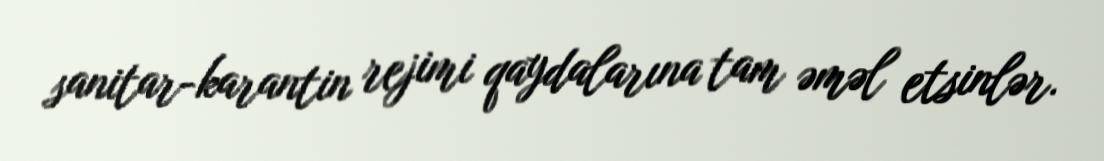
sanitar-karantin rejimi qaydalarına tam əməl etsinlər.